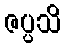
ဇပ္ပသိ